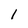
Character: 1